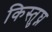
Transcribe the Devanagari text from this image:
किस्तुघ्न